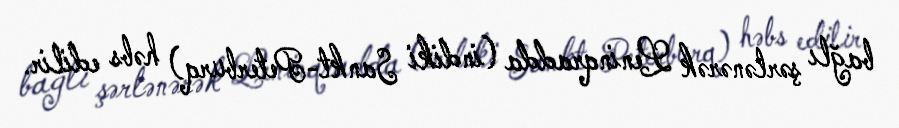
bağlı şərlənərək Leninqradda (indiki Sankt-Peterburq) həbs edilir.